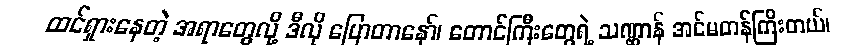
ထင်ရှားနေတဲ့ အရာတွေလို့ ဒီလို ပြောတာနော်၊ တောင်ကြီးတွေရဲ့ သဏ္ဌာန် အင်မတန်ကြီးတယ်၊